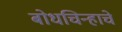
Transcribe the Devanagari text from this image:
बोधचिन्हाचे